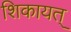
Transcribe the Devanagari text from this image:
शिकायत्